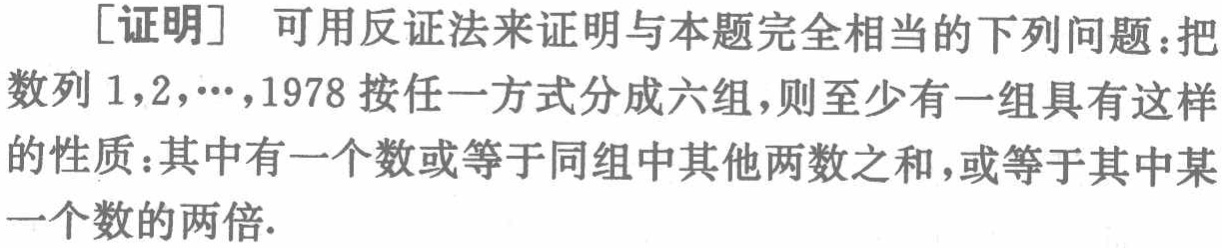
[证明] 可用反证法来证明与本题完全相当的下列问题：把数列\(1,2,\cdots,1978\)按任一方式分成六组，则至少有一组具有这样的性质：其中有一个数或等于同组中其他两数之和，或等于其中某一个数的两倍.